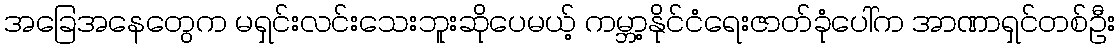
အခြေအနေတွေက မရှင်းလင်းသေးဘူးဆိုပေမယ့် ကမ္ဘာ့နိုင်ငံရေးဇာတ်ခုံပေါ်က အာဏာရှင်တစ်ဦး